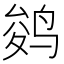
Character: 𱉾